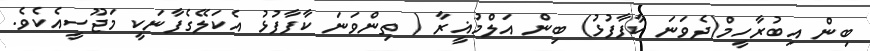
ބިން އިބުރާހީމް(ދެވަނަ ކާފާފުޅު) ބިން އަލްމުޣީރާ ( ތިންވަނަ ކާފާފުޅު އެކަލޭގެފާނަކީ މަޖޫސީއެކެވެ.